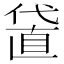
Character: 𠍜